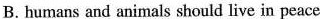
B. humans and animals should live in peace